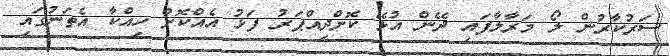
ސަރުކާރުން ލޯ މަރާލާފައި ދޭން އުޅޭ ކޮށްދިއްޕަރު ފަޅު އެއްކޮށް ހިއްކާ އެެތަނުގައި